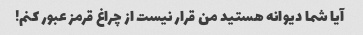
آیا شما دیوانه هستید من قرار نیست از چراغ قرمز عبور کنم!